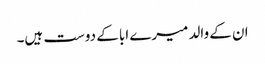
ان کے والد میرے ابا کے دوست ہیں۔